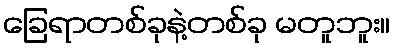
ခြေရာတစ်ခုနဲ့တစ်ခု မတူဘူး။